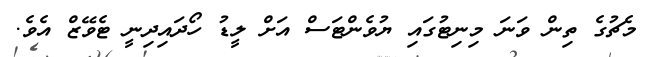
މެޗުގެ ތިން ވަނަ މިނިޓުގައި ޔުވެންޓަސް އަށް ލީޑު ހޯދައިދިނީ ޓެވޭޒް އެވެ.